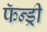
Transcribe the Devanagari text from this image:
फॅन्ड्री